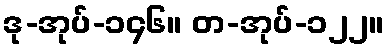
ဒု-အုပ်-၁၄၆။ တ-အုပ်-၁၂၂။